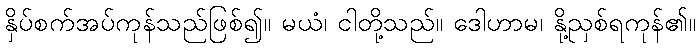
နှိပ်စက်အပ်ကုန်သည်ဖြစ်၍။ မယံ၊ ငါတို့သည်။ ဒေါဟာမ၊ နို့ညှစ်ရကုန်၏။